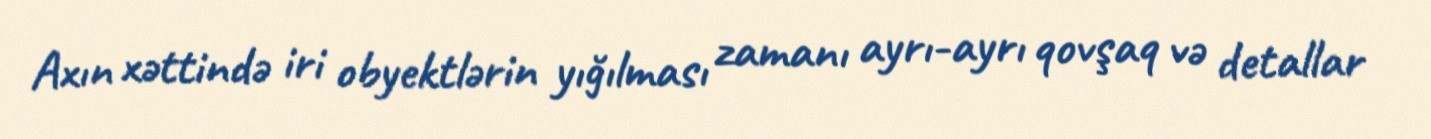
Axın xəttində iri obyektlərin yığılması zamanı ayrı-ayrı qovşaq və detallar